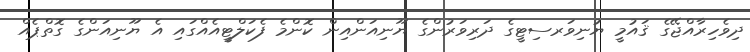
ދިވެހިރާއްޖޭގެ ޤައުމީ ޔުނިވަރސިޓީގެ ދަރިވަރުންގެ ޔޫނިއަންއިން ކޮންމެ ފެކަލްޓީއެއްގައި އެ ޔޫނިއަންގެ ގޮތްޕެއް